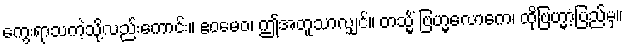
ကွေးရာသကဲ့သို့လည်းကောင်း။ ဧဝမေဝ၊ ဤအတူသာလျှင်။ တသ္မိံ ဗြဟ္မလောကေ၊ ထိုဗြဟ္မာ့ပြည်မှ။